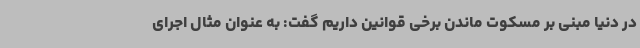
در دنیا مبنی بر مسکوت ماندن برخی قوانین داریم گفت: به عنوان مثال اجرای